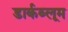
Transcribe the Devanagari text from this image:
डार्कब्लूम